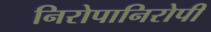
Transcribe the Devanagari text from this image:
निरोपानिरोपी